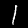
Label: 1